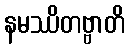
နမဿိတဗ္ဗာတိ